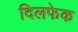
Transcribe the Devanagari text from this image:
दिलफेक